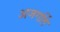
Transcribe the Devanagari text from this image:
अजगर्ति